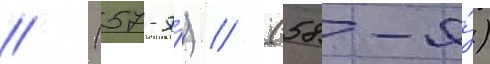
// (57-я́) // (58-я́)